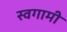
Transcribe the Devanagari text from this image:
स्वगामी